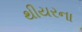
થીયરના